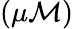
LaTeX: (\mu\mathcal{M})